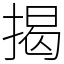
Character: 揭